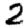
Digit: 2